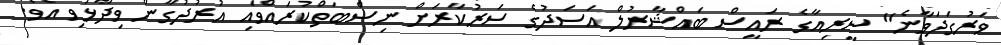
ވަރުގަދަވާނެ" ސީރިއާގެ ރައީސް ބައްޝާރުލް އަސަދުގެ ސަރުކާރަށް ނިސްބަތްކުރައްވައި އުރުދުގާން ވިދާޅުވި އެވެ.